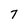
Character: 7